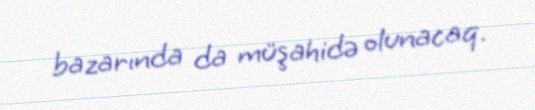
bazarında da müşahidə olunacaq.